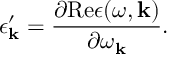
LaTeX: \epsilon _ { \bf k } ^ { \prime } = { \frac { \partial \mathrm { R e } \epsilon ( \omega , { \bf k } ) } { \partial \omega _ { \bf k } } } .